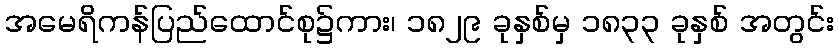
အမေရိကန်ပြည်ထောင်စု၌ကား၊ ၁၈၂၉ ခုနှစ်မှ ၁၈၃၃ ခုနှစ် အတွင်း